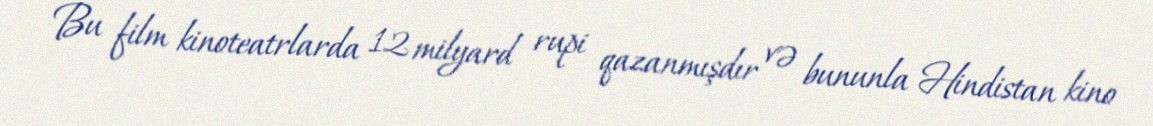
Bu film kinoteatrlarda 12 milyard rupi qazanmışdır və bununla Hindistan kino